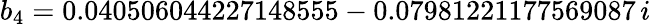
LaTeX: b_{4}=0.040506044227148555-0.07981221177569087\, i